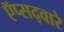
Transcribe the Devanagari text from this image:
ऍप्सद्वारे